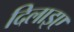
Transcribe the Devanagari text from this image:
दिलाइए